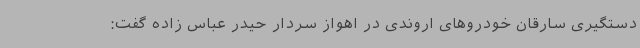
دستگیری سارقان خودروهای اروندی در اهواز سردار حیدر عباس زاده گفت: